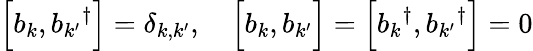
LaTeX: \left[b_{k},{b_{k^{\prime}}}^{\dagger}\right]=\delta_{k,k^{\prime}},\quad{\Big[}b_{k},b_{k^{\prime}}{\Big]}=\left[{b_{k}}^{\dagger},{b_{k^{\prime}}}^{\dagger}\right]=0